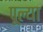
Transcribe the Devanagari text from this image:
पूल्या